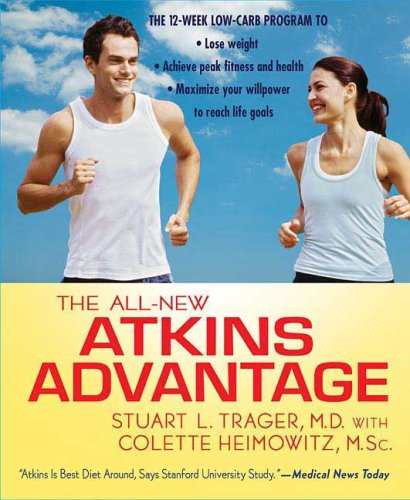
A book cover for The All-New Atkins Advantage: The 12-Week Low-Carb Program to Lose Weight, Achieve Peak Fitness and Health, and Maximize Your Willpower to Reach Life Goals; Stuart L. Trager; Health, Fitness & Dieting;